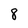
Character: 8